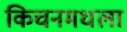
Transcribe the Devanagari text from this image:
किचनमधला